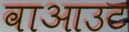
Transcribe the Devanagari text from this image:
वाआउट